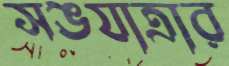
সঙযাত্রার